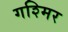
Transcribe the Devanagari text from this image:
गश्मिर